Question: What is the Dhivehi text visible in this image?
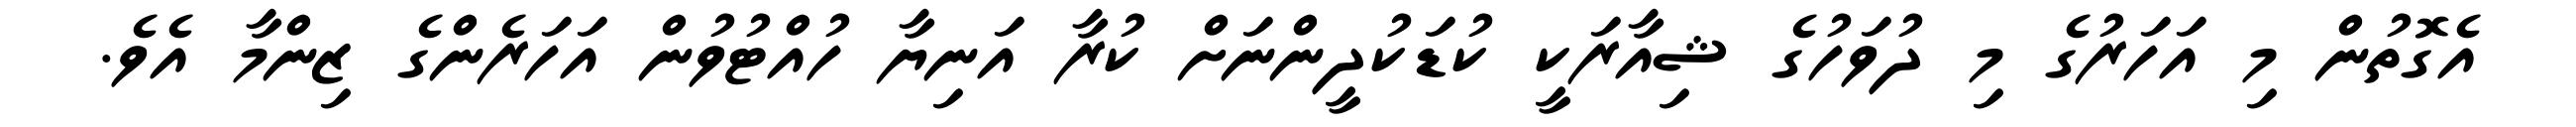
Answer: އެގޮތުން މި އަހަރުގެ މި ދުވަހުގެ ޝިއާރަކީ ކުޑަކުދީންނަށް ކުރާ އަނިޔާ ހުއްޓުވުން އަހަރެންގެ ޒިންމާ އެވެ.